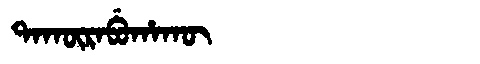
Manchu: ᡨᠠᡴᡡᡵᠠᠪᡠᡥᠠᡴᡡ
Romanization: TAKŪRABUHAKŪ